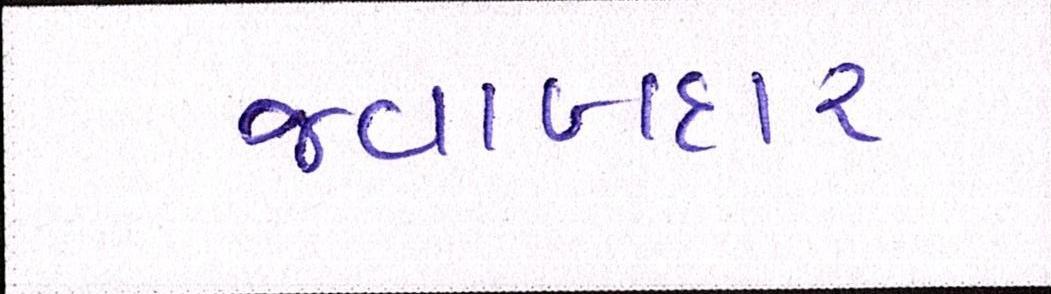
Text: જવાબદાર